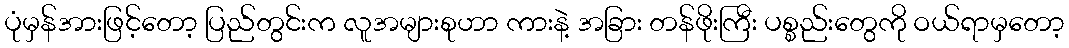
ပုံမှန်အားဖြင့်တော့ ပြည်တွင်းက လူအများစုဟာ ကားနဲ့ အခြား တန်ဖိုးကြီး ပစ္စည်းတွေကို ဝယ်ရာမှတော့